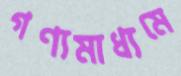
গণ্যমাধ্যমে